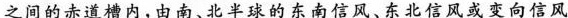
之间的赤道槽内，由南、北半球的东南信风、东北信风或变向信风